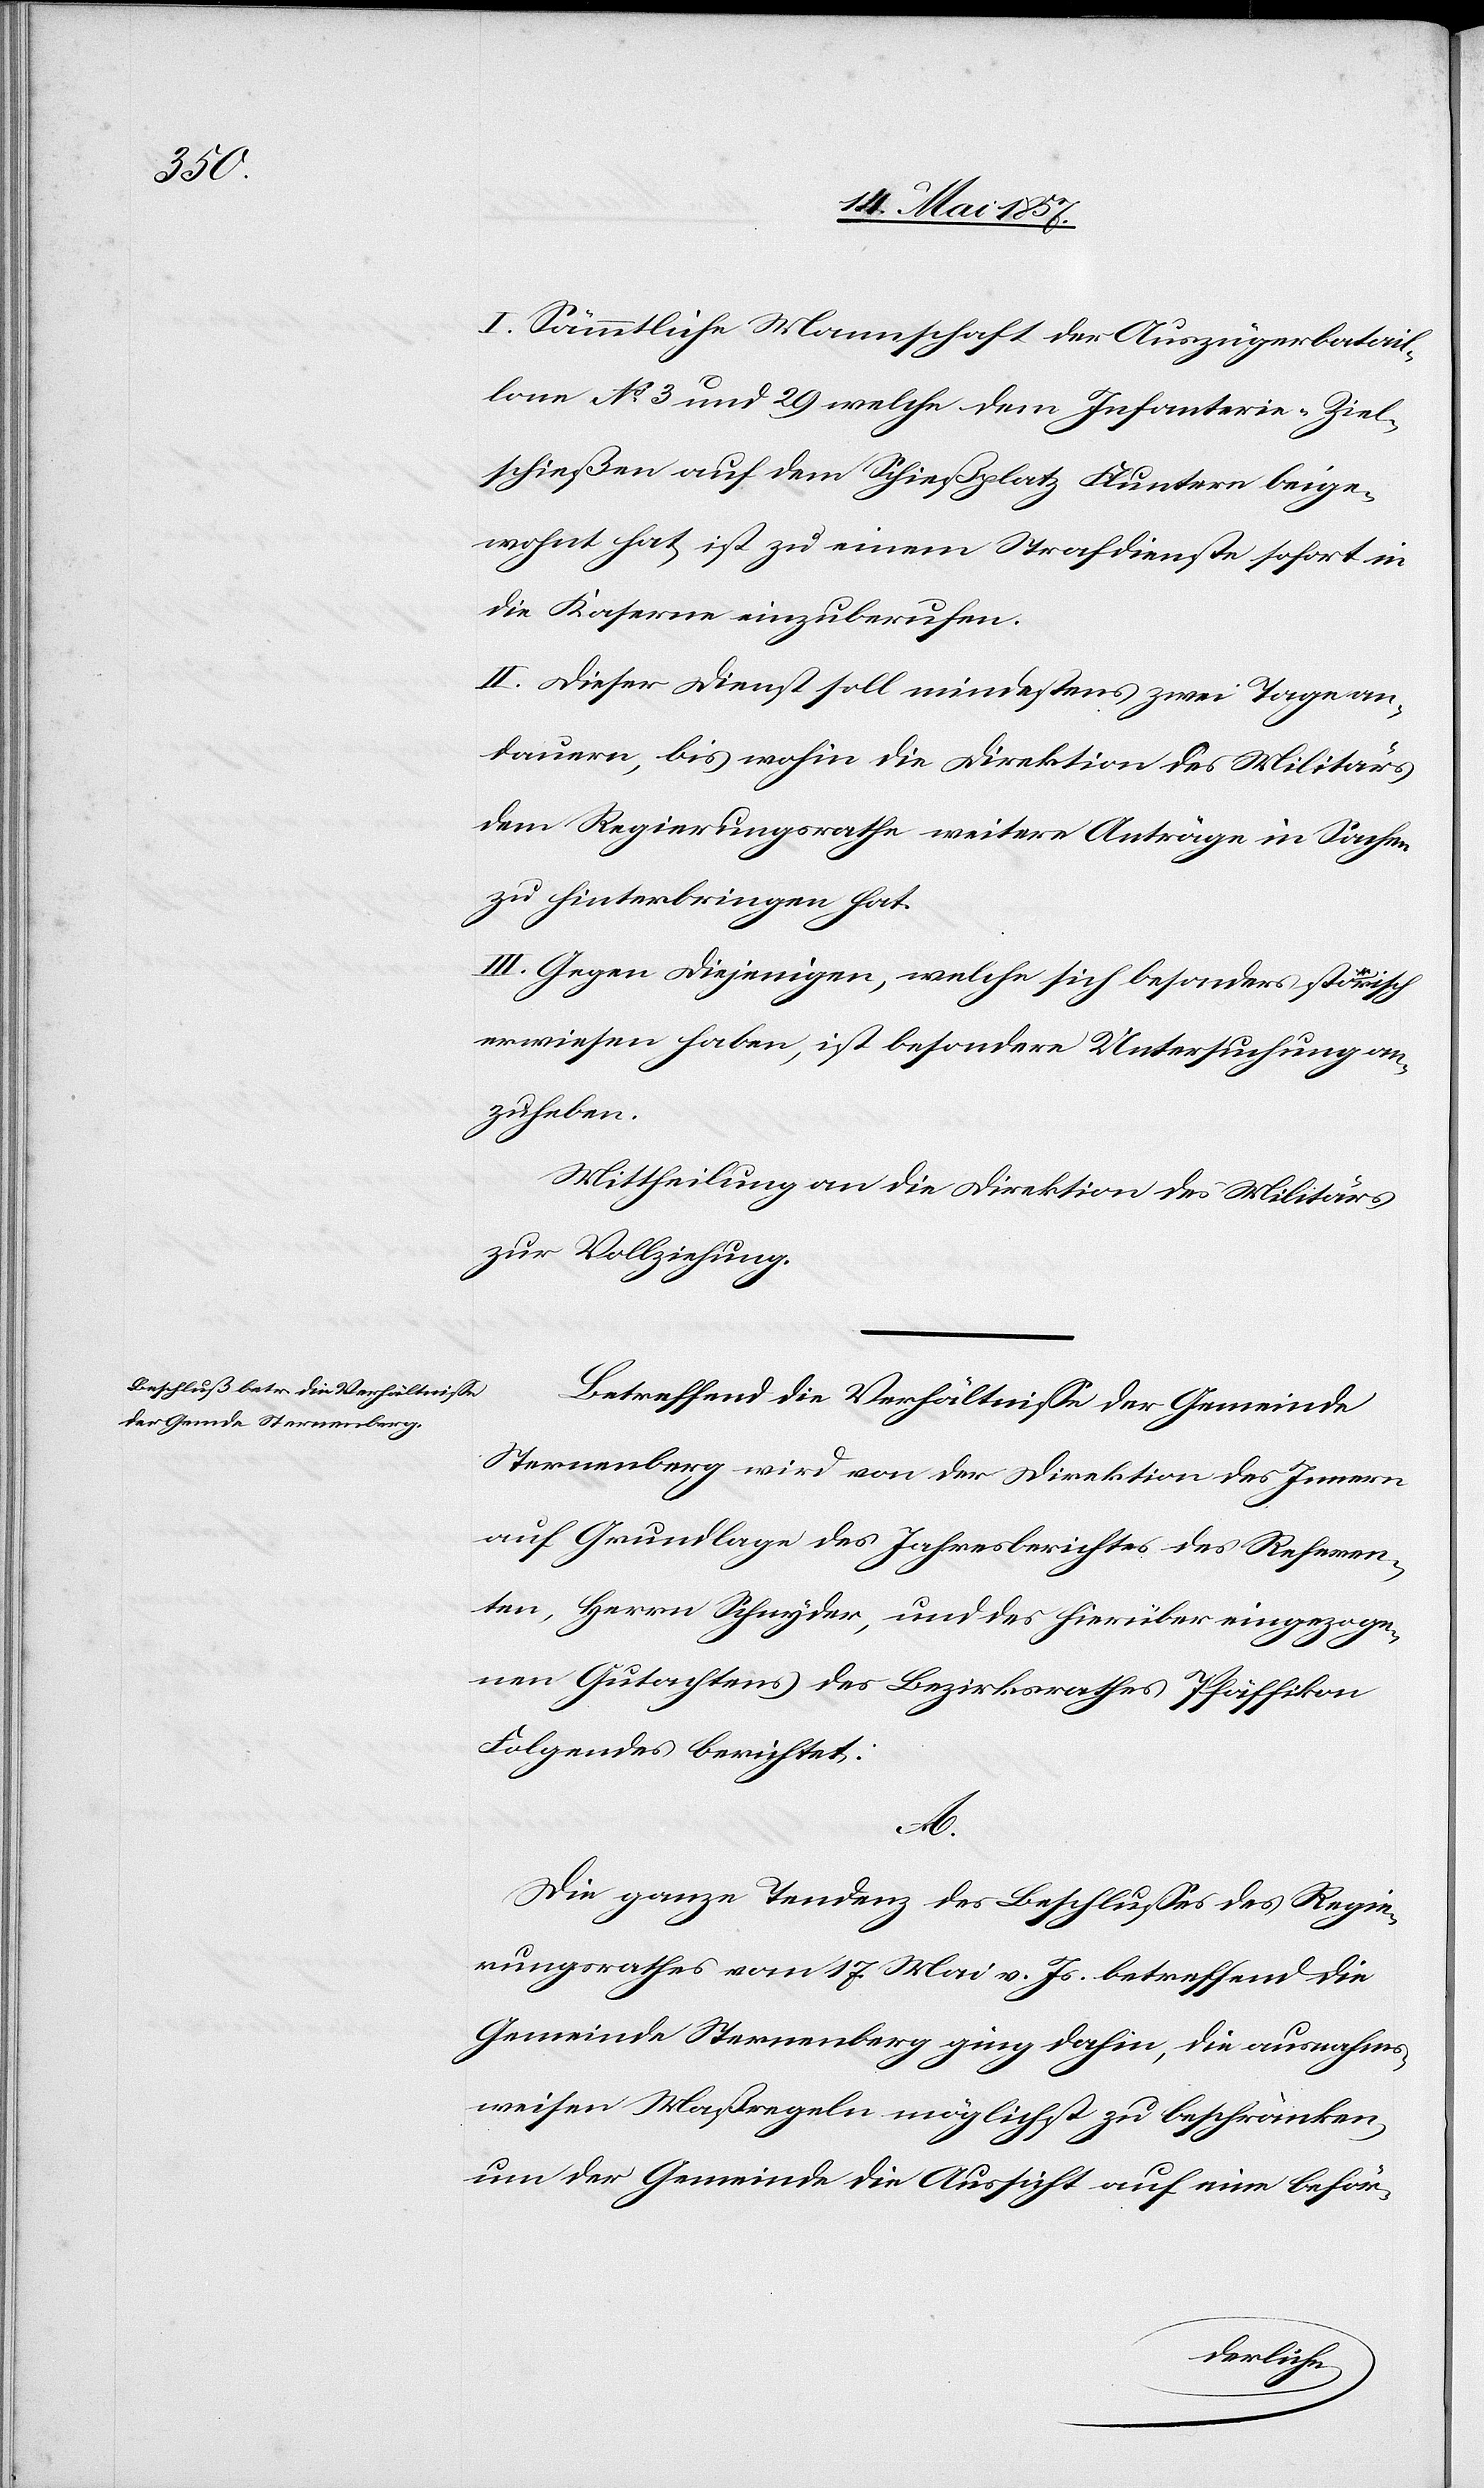
I. Sämmtliche Mannschaft der Auszügerbatail¬
lone No 3 und 29 welche dem Infanterie-Ziel¬
schießen auf dem Schießplatz Fluntern beige¬
wohnt hat ist zu einem Strafdienste sofort in
die Kaserne einzuberufen.
II. Dieser Dienst soll mindestens zwei Tage an¬
dauern, bis wohin die Direktion des Militärs
dem Regierungsrathe weitere Anträge in Sachen
zu hinterbringen hat.
III. Gegen diejenigen, welche sich besonders störrisch
erwiesen haben, ist besondere Untersuchung an¬
zuheben.
Mittheilung an die Direktion des Militärs
zur Vollziehung.
Betreffend die Verhältnisse der Gemeinde
Sternenberg wird von der Direktion des Innern
auf Grundlage des Jahresberichtes des Referen¬
ten, Herrn Schnyder, und des hierüber eingezoge¬
nen Gutachtens des Bezirksrathes Pfäffikon
Folgendes berichtet:
A.
Die ganze Tendenz des Beschlusses des Regie¬
rungsrathes vom 17 Mai v. Js. betreffend die
Gemeinde Sternenberg ging dahin, die ausnahms¬
weisen Maßregeln möglichst zu beschränken
um der Gemeinde die Aussicht auf eine beför-